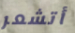
أتشعر